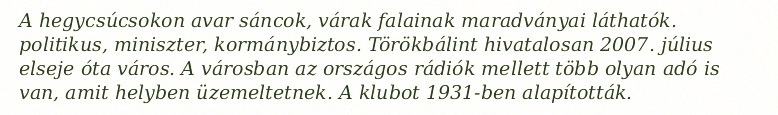
A hegycsúcsokon avar sáncok, várak falainak maradványai láthatók. politikus, miniszter, kormánybiztos. Törökbálint hivatalosan 2007. július elseje óta város. A városban az országos rádiók mellett több olyan adó is van, amit helyben üzemeltetnek. A klubot 1931-ben alapították.